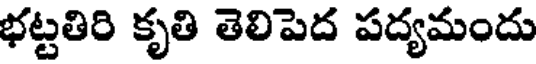
భట్టతిరి కృతి తెలిపెద పద్యమందు